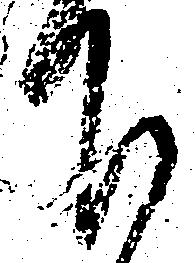
下